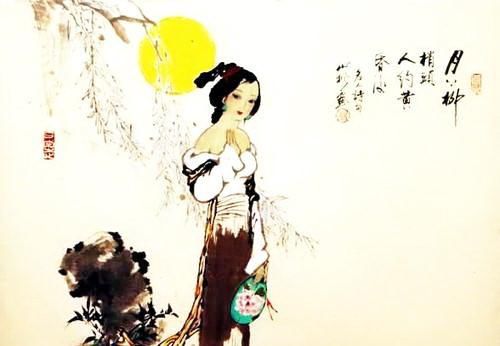
月上柳梢头，人约黄昏后。